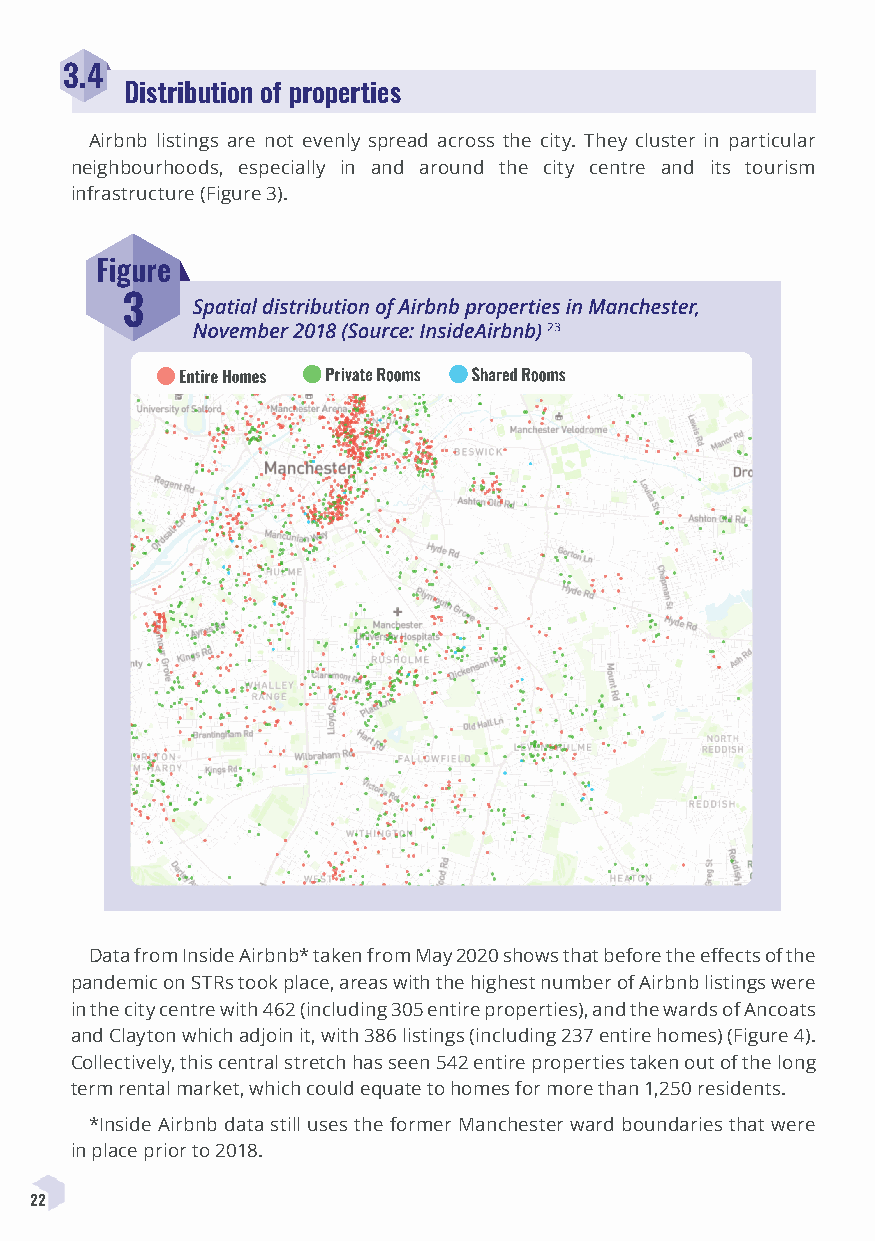
3.4
 Distribution of properties
 Airbnb listings are not evenly spread across the city. They cluster in particular
 neighbourhoods, especially in and around the city centre and its tourism
 infrastructure (Figure 3).
 Data from Inside Airbnb* taken from May 2020 shows that before the effects of the
 pandemic on STRs took place, areas with the highest number of Airbnb listings were
 in the city centre with 462 (including 305 entire properties), and the wards of Ancoats
 and Clayton which adjoin it, with 386 listings (including 237 entire homes) (Figure 4).
 Collectively, this central stretch has seen 542 entire properties taken out of the long
 term rental market, which could equate to homes for more than 1,250 residents.
 *Inside Airbnb data still uses the former Manchester ward boundaries that were
 in place prior to 2018.
 22